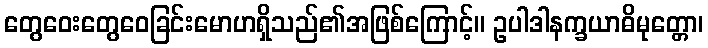
တွေဝေးတွေဝေခြင်းမောဟရှိသည်၏အဖြစ်ကြောင့်။ ဥပါဒါနက္ခယာဓိမုတ္တော၊